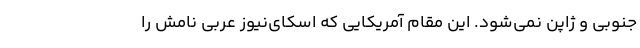
جنوبی و ژاپن نمی‌شود. این مقام آمریکایی که اسکای‌نیوز عربی نامش را